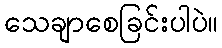
သေချာစေခြင်းပါပဲ။